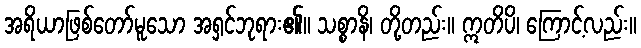
အရိယာဖြစ်တော်မူသော အရှင်ဘုရား၏။ သစ္စာနိ၊ တို့တည်း။ ဣတိပိ၊ ကြောင့်လည်း။